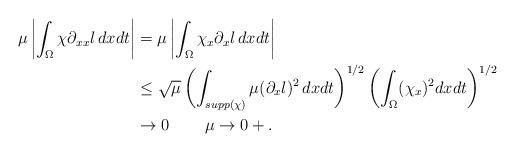
LaTeX: \begin{align*} \mu\left|\int_{\Omega}\chi\partial_{xx}l \,dxdt\right|&=\mu\left| \int_{\Omega}\chi_x\partial_xl \,dx dt\right|\\&\le \sqrt{\mu}\left(\int_{supp(\chi)}\mu (\partial_x l)^2\,dxdt \right)^{1/2} \left(\int_{\Omega} (\chi_x)^2 dxdt \right)^{1/2} \\&\to 0\qquad\,\mu\to0+.\end{align*}